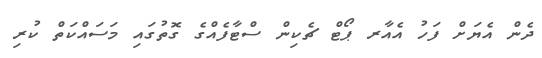
ދެން އެޔަށް ފަހު އެއާރ ޕޯޓް ޗެކިން ސްޓާފެއްގެ ގޮތުގައި މަސައްކަތް ކުރި